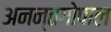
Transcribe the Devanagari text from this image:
अनन्तगोपाल